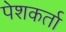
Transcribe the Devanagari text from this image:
पेशकर्ता